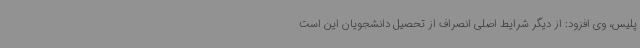
پلیس، وی افزود: از دیگر شرایط اصلی انصراف از تحصیل دانشجویان این است